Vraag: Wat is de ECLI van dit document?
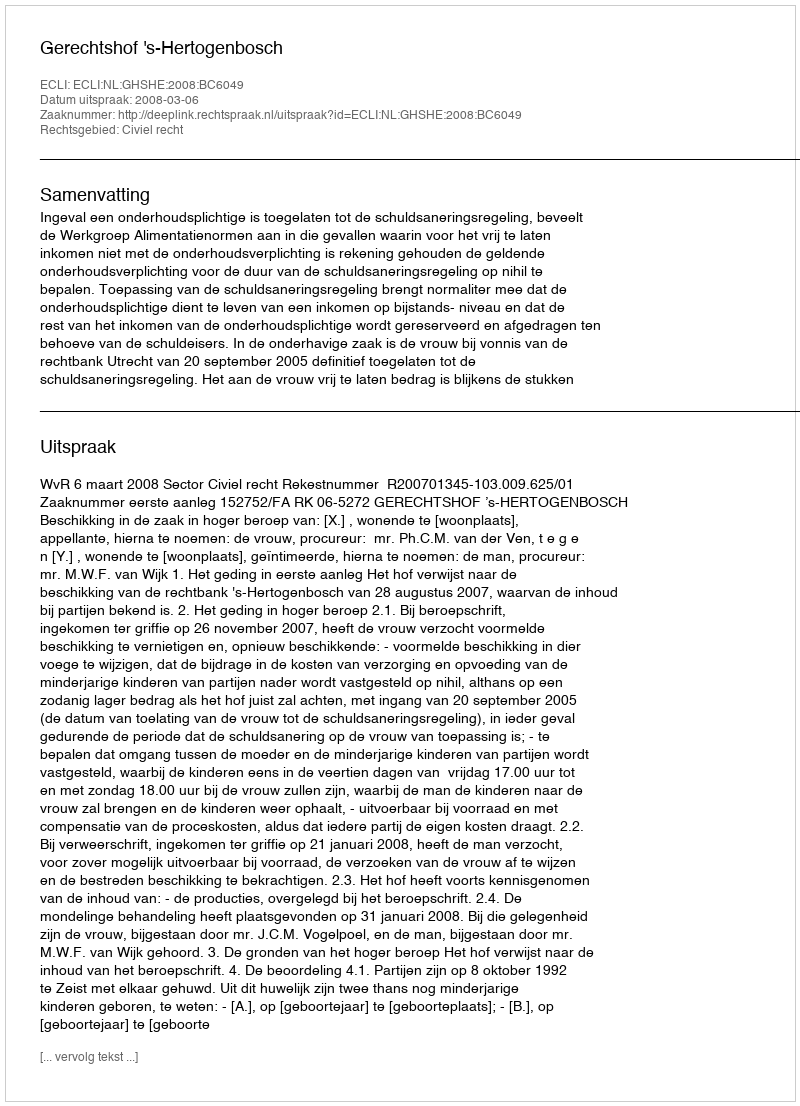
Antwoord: ECLI:NL:GHSHE:2008:BC6049